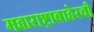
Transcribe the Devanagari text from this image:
महाराष्ट्राबाहेरची